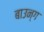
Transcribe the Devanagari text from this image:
बाउन्ग